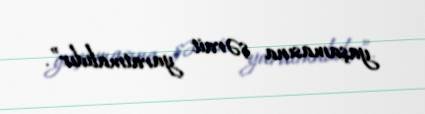
yaşamasına şərait yaratmalıdır”.